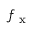
f _ { \mathrm { ~ x ~ } }